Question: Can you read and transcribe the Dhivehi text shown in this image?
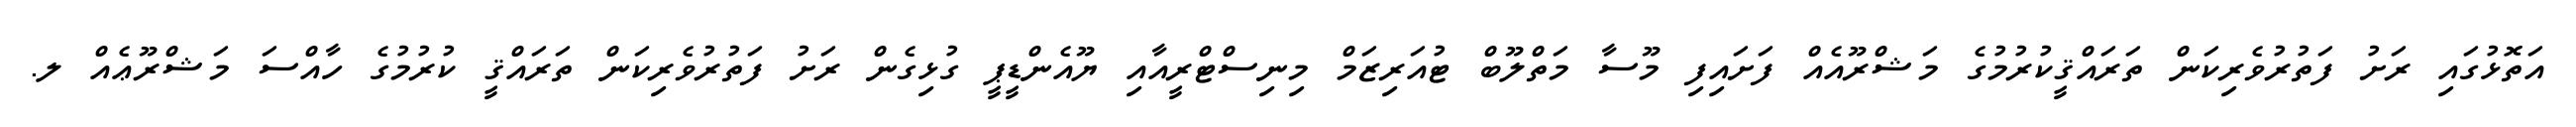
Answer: އަތޮޅުގައި ރަށު ފަތުރުވެރިކަން ތަރައްޤީކުރުމުގެ މަޝްރޫއެއް ފަށައިފި މޫސާ މަތްލޫބް ޓުއަރިޒަމް މިނިސްޓްރީއާއި ޔޫއެންޑީޕީ ގުޅިގެން ރަށު ފަތުރުވެރިކަން ތަރައްޤީ ކުރުމުގެ ހާއްސަ މަޝްރޫޢެއް ލ.